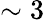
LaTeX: \sim 3